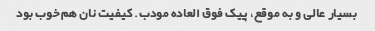
بسیار عالی و به موقع، پیک فوق العاده مودب. کیفیت نان هم خوب بود